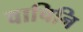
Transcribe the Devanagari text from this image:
वाचिनि